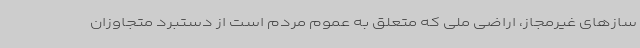
سازهای غیرمجاز، اراضی ملی که متعلق به عموم مردم است از دستبرد متجاوزان